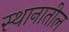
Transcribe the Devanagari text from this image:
स्थानातील